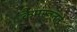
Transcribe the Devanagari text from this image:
कैमरूनने